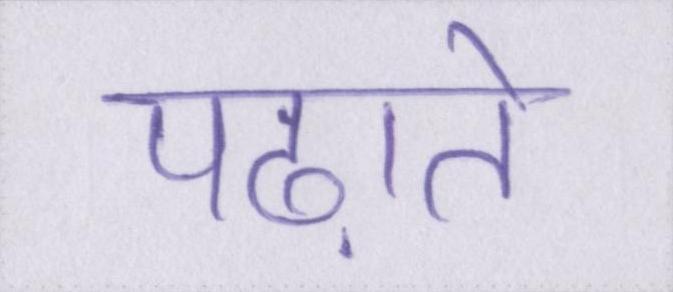
पढ़ाते